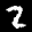
Label: 2